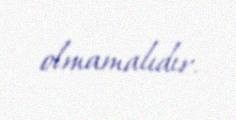
olmamalıdır.